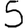
Digit: 5